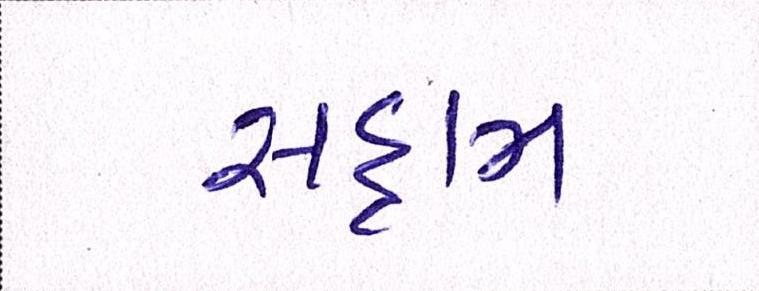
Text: સદ્દામ